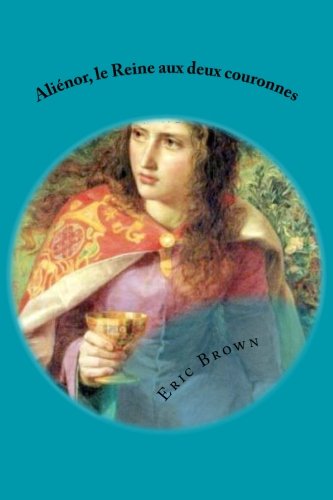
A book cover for AliÃ©nor, la Reine aux deux couronnes (French Edition); Eric Brown; Literature & Fiction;